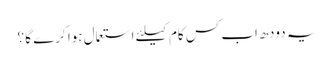
یہ دودھ اب کس کام کیلئے استعمال ہوا کرے گا ؟